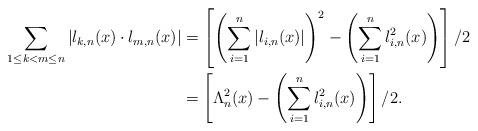
LaTeX: \begin{align*}\sum_{1\leq k<m\leq n}{\left|l_{k,n}(x)\cdot l_{m,n}(x)\right|}&=\left[\left(\sum^{n}_{i=1}{\left|l_{i,n}(x)\right|}\right)^2-\left(\sum^{n}_{i=1}{l^2_{i,n}(x)}\right)\right]/2\\&=\left[\Lambda^2_n(x)-\left(\sum^{n}_{i=1}{l^2_{i,n}(x)}\right)\right]/2.\end{align*}